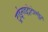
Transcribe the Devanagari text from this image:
ट्राईनाइट्रोटोलुईन